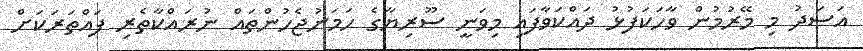
އަސަދު މި މޭރުމުން ވާހަކަފުޅު ދައްކަވާފައި މިވަނީ ސޫރިޔާގެ ހަމަނުޖެހުންތައް ނުރައްކާތެރި ފައްތަރަކަށް